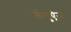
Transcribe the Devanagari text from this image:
लेंगुऐज